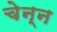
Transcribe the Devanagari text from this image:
चेन्न